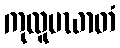
ကုလူပဃာတံ